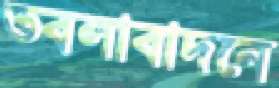
তবলাবাদনে